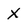
Character: X